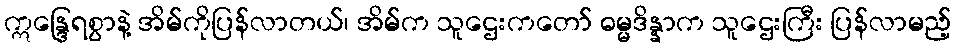
ဣန္ဒြေရစွာနဲ့ အိမ်ကိုပြန်လာတယ်၊ အိမ်က သူဌေးကတော် ဓမ္မဒိန္နာက သူဌေးကြီး ပြန်လာမည့်